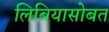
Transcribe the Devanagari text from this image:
लिबियासोबत